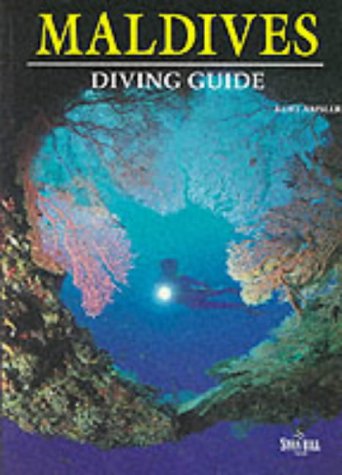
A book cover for Maldives Diving Guide; Kurt Amsler; Travel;